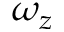
\omega _ { z }